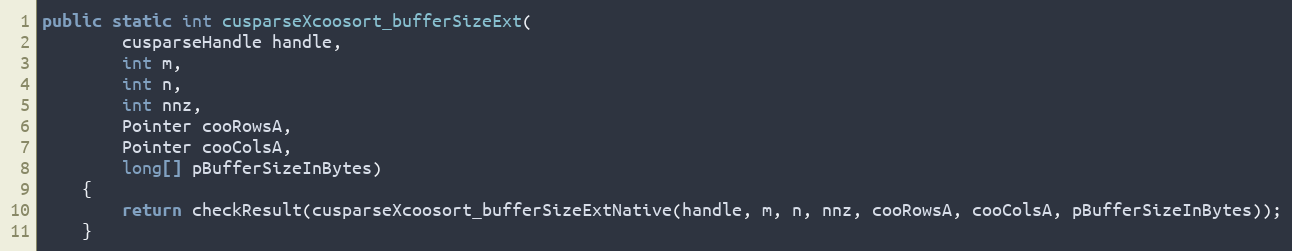
Language: Java
public static int cusparseXcoosort_bufferSizeExt(
        cusparseHandle handle,
        int m,
        int n,
        int nnz,
        Pointer cooRowsA,
        Pointer cooColsA,
        long[] pBufferSizeInBytes)
    {
        return checkResult(cusparseXcoosort_bufferSizeExtNative(handle, m, n, nnz, cooRowsA, cooColsA, pBufferSizeInBytes));
    }